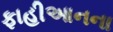
ફાહીઆનના